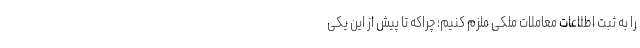
را به ثبت اطلاعات معاملات ملکی ملزم کنیم؛ چراکه تا پیش از این یکی